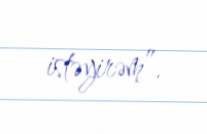
istəyirəm”.